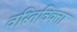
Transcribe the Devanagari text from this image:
वस्तिविक्ता